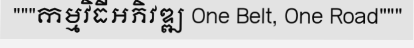
"""កម្មវិធីអភិវឌ្ឍ One Belt, One Road"""